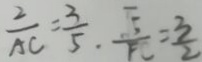
\frac { 2 } { A C } = \frac { 3 } { 5 } \cdot \frac { \sqrt { 5 } } { F C } = \frac { 3 } { 2 }